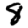
Digit: 8